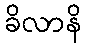
ခိလာနိ